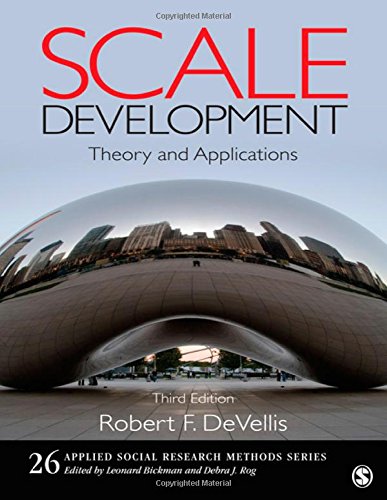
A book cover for Scale Development: Theory and Applications (Applied Social Research Methods); Robert F. DeVellis; Politics & Social Sciences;